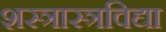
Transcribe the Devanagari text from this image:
शस्त्रास्त्रविद्या